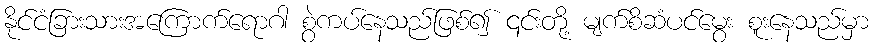
နိုင်ငံခြားသားအကြောက်ရောဂါ စွဲကပ်နေသည်ဖြစ်၍ ၎င်းတို့ မျက်စိဆံပင်မွေး စူးနေသည်မှာ